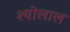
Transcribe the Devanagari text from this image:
श्योलाल